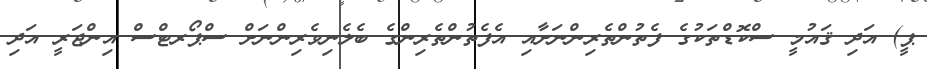
ޕީ) އަދި ޤައުމީ ސްކޮޑްތަކުގެ ފެތުންތެރިންނަށާއި އެފެތުންތެރިންގެ ބެލެނިވެރިންނަށް ސްޕޯރޓްސް އިންޖަރީ އަދި